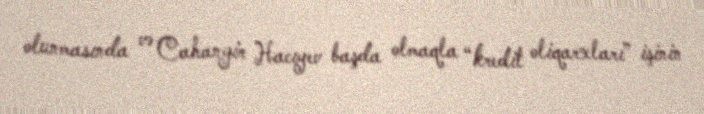
olunmasında və Cahangir Hacıyev başda olmaqla “kredit oliqarxları” işinin